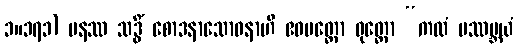
၁။၁၇၁) ပနဿ သဒ္ဓိံ စောဒနာသောဓနာဟိ ဧဝမတ္ထော ဝုတ္တော “ကထံ ပဿမ္ဘယံ